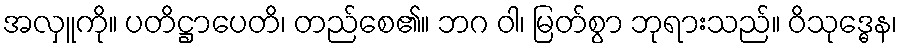
အလှူကို။ ပတိဋ္ဌာပေတိ၊ တည်စေ၏။ ဘဂ ဝါ၊ မြတ်စွာ ဘုရားသည်။ ဝိသုဒ္ဓေန၊